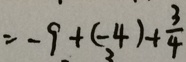
= - 9 + ( - 4 ) + \frac { 3 } { 4 }